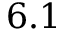
6 . 1